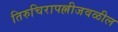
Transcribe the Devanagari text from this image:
तिरुचिरापल्लीजवळील